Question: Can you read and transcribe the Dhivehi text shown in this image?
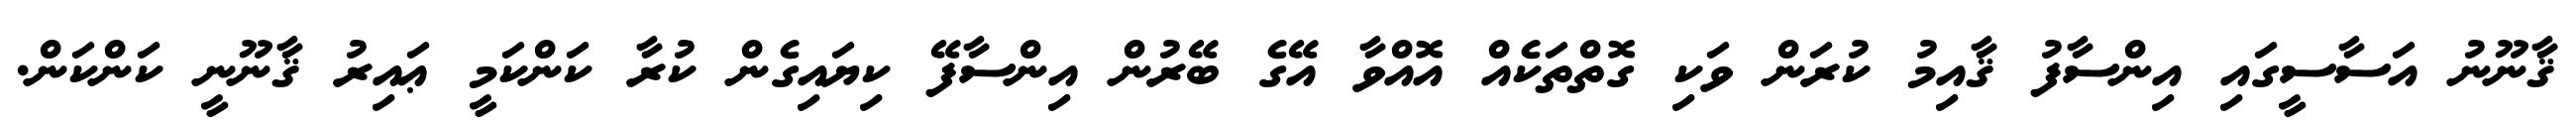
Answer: ޤާނޫނު އަސާސީގައި އިންސާފު ޤާއިމު ކުރަން ވަކި ގޮތްތަކެއް އޮއްވާ އޭގެ ބޭރުން އިންސާފޭ ކިޔައިގެން ކުރާ ކަންކަމީ ޢައިރު ޤާނޫނީ ކަންކަން.